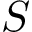
S